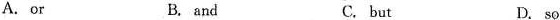
A.or B. and C. but D. so